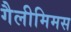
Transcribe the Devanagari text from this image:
गैलीमिमस